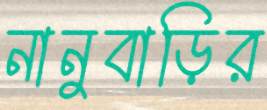
নানুবাড়ির